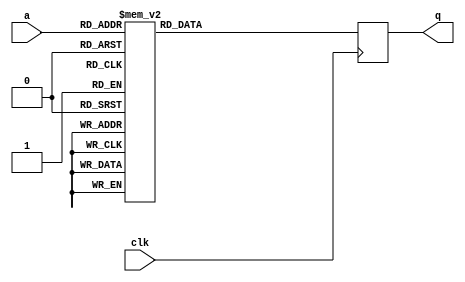
module tboxe3(input wire clk,
              input wire [7:0] a,
              output reg [31:0] q);

   always @(posedge clk)
     case (a)
	8'd0: q = 32'h6363a5c6;
	8'd1: q = 32'h7c7c84f8;
	8'd2: q = 32'h777799ee;
	8'd3: q = 32'h7b7b8df6;
	8'd4: q = 32'hf2f20dff;
	8'd5: q = 32'h6b6bbdd6;
	8'd6: q = 32'h6f6fb1de;
	8'd7: q = 32'hc5c55491;
	8'd8: q = 32'h30305060;
	8'd9: q = 32'h1010302;
	8'd10: q = 32'h6767a9ce;
	8'd11: q = 32'h2b2b7d56;
	8'd12: q = 32'hfefe19e7;
	8'd13: q = 32'hd7d762b5;
	8'd14: q = 32'hababe64d;
	8'd15: q = 32'h76769aec;
	8'd16: q = 32'hcaca458f;
	8'd17: q = 32'h82829d1f;
	8'd18: q = 32'hc9c94089;
	8'd19: q = 32'h7d7d87fa;
	8'd20: q = 32'hfafa15ef;
	8'd21: q = 32'h5959ebb2;
	8'd22: q = 32'h4747c98e;
	8'd23: q = 32'hf0f00bfb;
	8'd24: q = 32'hadadec41;
	8'd25: q = 32'hd4d467b3;
	8'd26: q = 32'ha2a2fd5f;
	8'd27: q = 32'hafafea45;
	8'd28: q = 32'h9c9cbf23;
	8'd29: q = 32'ha4a4f753;
	8'd30: q = 32'h727296e4;
	8'd31: q = 32'hc0c05b9b;
	8'd32: q = 32'hb7b7c275;
	8'd33: q = 32'hfdfd1ce1;
	8'd34: q = 32'h9393ae3d;
	8'd35: q = 32'h26266a4c;
	8'd36: q = 32'h36365a6c;
	8'd37: q = 32'h3f3f417e;
	8'd38: q = 32'hf7f702f5;
	8'd39: q = 32'hcccc4f83;
	8'd40: q = 32'h34345c68;
	8'd41: q = 32'ha5a5f451;
	8'd42: q = 32'he5e534d1;
	8'd43: q = 32'hf1f108f9;
	8'd44: q = 32'h717193e2;
	8'd45: q = 32'hd8d873ab;
	8'd46: q = 32'h31315362;
	8'd47: q = 32'h15153f2a;
	8'd48: q = 32'h4040c08;
	8'd49: q = 32'hc7c75295;
	8'd50: q = 32'h23236546;
	8'd51: q = 32'hc3c35e9d;
	8'd52: q = 32'h18182830;
	8'd53: q = 32'h9696a137;
	8'd54: q = 32'h5050f0a;
	8'd55: q = 32'h9a9ab52f;
	8'd56: q = 32'h707090e;
	8'd57: q = 32'h12123624;
	8'd58: q = 32'h80809b1b;
	8'd59: q = 32'he2e23ddf;
	8'd60: q = 32'hebeb26cd;
	8'd61: q = 32'h2727694e;
	8'd62: q = 32'hb2b2cd7f;
	8'd63: q = 32'h75759fea;
	8'd64: q = 32'h9091b12;
	8'd65: q = 32'h83839e1d;
	8'd66: q = 32'h2c2c7458;
	8'd67: q = 32'h1a1a2e34;
	8'd68: q = 32'h1b1b2d36;
	8'd69: q = 32'h6e6eb2dc;
	8'd70: q = 32'h5a5aeeb4;
	8'd71: q = 32'ha0a0fb5b;
	8'd72: q = 32'h5252f6a4;
	8'd73: q = 32'h3b3b4d76;
	8'd74: q = 32'hd6d661b7;
	8'd75: q = 32'hb3b3ce7d;
	8'd76: q = 32'h29297b52;
	8'd77: q = 32'he3e33edd;
	8'd78: q = 32'h2f2f715e;
	8'd79: q = 32'h84849713;
	8'd80: q = 32'h5353f5a6;
	8'd81: q = 32'hd1d168b9;
	8'd82: q = 32'h0;
	8'd83: q = 32'heded2cc1;
	8'd84: q = 32'h20206040;
	8'd85: q = 32'hfcfc1fe3;
	8'd86: q = 32'hb1b1c879;
	8'd87: q = 32'h5b5bedb6;
	8'd88: q = 32'h6a6abed4;
	8'd89: q = 32'hcbcb468d;
	8'd90: q = 32'hbebed967;
	8'd91: q = 32'h39394b72;
	8'd92: q = 32'h4a4ade94;
	8'd93: q = 32'h4c4cd498;
	8'd94: q = 32'h5858e8b0;
	8'd95: q = 32'hcfcf4a85;
	8'd96: q = 32'hd0d06bbb;
	8'd97: q = 32'hefef2ac5;
	8'd98: q = 32'haaaae54f;
	8'd99: q = 32'hfbfb16ed;
	8'd100: q = 32'h4343c586;
	8'd101: q = 32'h4d4dd79a;
	8'd102: q = 32'h33335566;
	8'd103: q = 32'h85859411;
	8'd104: q = 32'h4545cf8a;
	8'd105: q = 32'hf9f910e9;
	8'd106: q = 32'h2020604;
	8'd107: q = 32'h7f7f81fe;
	8'd108: q = 32'h5050f0a0;
	8'd109: q = 32'h3c3c4478;
	8'd110: q = 32'h9f9fba25;
	8'd111: q = 32'ha8a8e34b;
	8'd112: q = 32'h5151f3a2;
	8'd113: q = 32'ha3a3fe5d;
	8'd114: q = 32'h4040c080;
	8'd115: q = 32'h8f8f8a05;
	8'd116: q = 32'h9292ad3f;
	8'd117: q = 32'h9d9dbc21;
	8'd118: q = 32'h38384870;
	8'd119: q = 32'hf5f504f1;
	8'd120: q = 32'hbcbcdf63;
	8'd121: q = 32'hb6b6c177;
	8'd122: q = 32'hdada75af;
	8'd123: q = 32'h21216342;
	8'd124: q = 32'h10103020;
	8'd125: q = 32'hffff1ae5;
	8'd126: q = 32'hf3f30efd;
	8'd127: q = 32'hd2d26dbf;
	8'd128: q = 32'hcdcd4c81;
	8'd129: q = 32'hc0c1418;
	8'd130: q = 32'h13133526;
	8'd131: q = 32'hecec2fc3;
	8'd132: q = 32'h5f5fe1be;
	8'd133: q = 32'h9797a235;
	8'd134: q = 32'h4444cc88;
	8'd135: q = 32'h1717392e;
	8'd136: q = 32'hc4c45793;
	8'd137: q = 32'ha7a7f255;
	8'd138: q = 32'h7e7e82fc;
	8'd139: q = 32'h3d3d477a;
	8'd140: q = 32'h6464acc8;
	8'd141: q = 32'h5d5de7ba;
	8'd142: q = 32'h19192b32;
	8'd143: q = 32'h737395e6;
	8'd144: q = 32'h6060a0c0;
	8'd145: q = 32'h81819819;
	8'd146: q = 32'h4f4fd19e;
	8'd147: q = 32'hdcdc7fa3;
	8'd148: q = 32'h22226644;
	8'd149: q = 32'h2a2a7e54;
	8'd150: q = 32'h9090ab3b;
	8'd151: q = 32'h8888830b;
	8'd152: q = 32'h4646ca8c;
	8'd153: q = 32'heeee29c7;
	8'd154: q = 32'hb8b8d36b;
	8'd155: q = 32'h14143c28;
	8'd156: q = 32'hdede79a7;
	8'd157: q = 32'h5e5ee2bc;
	8'd158: q = 32'hb0b1d16;
	8'd159: q = 32'hdbdb76ad;
	8'd160: q = 32'he0e03bdb;
	8'd161: q = 32'h32325664;
	8'd162: q = 32'h3a3a4e74;
	8'd163: q = 32'ha0a1e14;
	8'd164: q = 32'h4949db92;
	8'd165: q = 32'h6060a0c;
	8'd166: q = 32'h24246c48;
	8'd167: q = 32'h5c5ce4b8;
	8'd168: q = 32'hc2c25d9f;
	8'd169: q = 32'hd3d36ebd;
	8'd170: q = 32'hacacef43;
	8'd171: q = 32'h6262a6c4;
	8'd172: q = 32'h9191a839;
	8'd173: q = 32'h9595a431;
	8'd174: q = 32'he4e437d3;
	8'd175: q = 32'h79798bf2;
	8'd176: q = 32'he7e732d5;
	8'd177: q = 32'hc8c8438b;
	8'd178: q = 32'h3737596e;
	8'd179: q = 32'h6d6db7da;
	8'd180: q = 32'h8d8d8c01;
	8'd181: q = 32'hd5d564b1;
	8'd182: q = 32'h4e4ed29c;
	8'd183: q = 32'ha9a9e049;
	8'd184: q = 32'h6c6cb4d8;
	8'd185: q = 32'h5656faac;
	8'd186: q = 32'hf4f407f3;
	8'd187: q = 32'heaea25cf;
	8'd188: q = 32'h6565afca;
	8'd189: q = 32'h7a7a8ef4;
	8'd190: q = 32'haeaee947;
	8'd191: q = 32'h8081810;
	8'd192: q = 32'hbabad56f;
	8'd193: q = 32'h787888f0;
	8'd194: q = 32'h25256f4a;
	8'd195: q = 32'h2e2e725c;
	8'd196: q = 32'h1c1c2438;
	8'd197: q = 32'ha6a6f157;
	8'd198: q = 32'hb4b4c773;
	8'd199: q = 32'hc6c65197;
	8'd200: q = 32'he8e823cb;
	8'd201: q = 32'hdddd7ca1;
	8'd202: q = 32'h74749ce8;
	8'd203: q = 32'h1f1f213e;
	8'd204: q = 32'h4b4bdd96;
	8'd205: q = 32'hbdbddc61;
	8'd206: q = 32'h8b8b860d;
	8'd207: q = 32'h8a8a850f;
	8'd208: q = 32'h707090e0;
	8'd209: q = 32'h3e3e427c;
	8'd210: q = 32'hb5b5c471;
	8'd211: q = 32'h6666aacc;
	8'd212: q = 32'h4848d890;
	8'd213: q = 32'h3030506;
	8'd214: q = 32'hf6f601f7;
	8'd215: q = 32'he0e121c;
	8'd216: q = 32'h6161a3c2;
	8'd217: q = 32'h35355f6a;
	8'd218: q = 32'h5757f9ae;
	8'd219: q = 32'hb9b9d069;
	8'd220: q = 32'h86869117;
	8'd221: q = 32'hc1c15899;
	8'd222: q = 32'h1d1d273a;
	8'd223: q = 32'h9e9eb927;
	8'd224: q = 32'he1e138d9;
	8'd225: q = 32'hf8f813eb;
	8'd226: q = 32'h9898b32b;
	8'd227: q = 32'h11113322;
	8'd228: q = 32'h6969bbd2;
	8'd229: q = 32'hd9d970a9;
	8'd230: q = 32'h8e8e8907;
	8'd231: q = 32'h9494a733;
	8'd232: q = 32'h9b9bb62d;
	8'd233: q = 32'h1e1e223c;
	8'd234: q = 32'h87879215;
	8'd235: q = 32'he9e920c9;
	8'd236: q = 32'hcece4987;
	8'd237: q = 32'h5555ffaa;
	8'd238: q = 32'h28287850;
	8'd239: q = 32'hdfdf7aa5;
	8'd240: q = 32'h8c8c8f03;
	8'd241: q = 32'ha1a1f859;
	8'd242: q = 32'h89898009;
	8'd243: q = 32'hd0d171a;
	8'd244: q = 32'hbfbfda65;
	8'd245: q = 32'he6e631d7;
	8'd246: q = 32'h4242c684;
	8'd247: q = 32'h6868b8d0;
	8'd248: q = 32'h4141c382;
	8'd249: q = 32'h9999b029;
	8'd250: q = 32'h2d2d775a;
	8'd251: q = 32'hf0f111e;
	8'd252: q = 32'hb0b0cb7b;
	8'd253: q = 32'h5454fca8;
	8'd254: q = 32'hbbbbd66d;
	8'd255: q = 32'h16163a2c;

     endcase // case (a)
endmodule